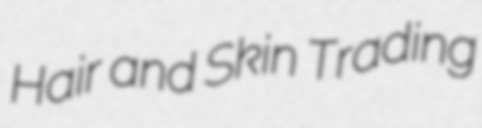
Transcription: Hair and Skin Trading